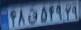
۴۸ق۵۴۹۲۹